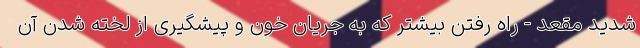
شدید مقعد - راه رفتن بیشتر که به جریان خون و پیشگیری از لخته شدن آن